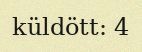
küldött: 4